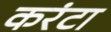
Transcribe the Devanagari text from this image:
करंटा